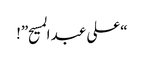
“علی عبد المسیح”!